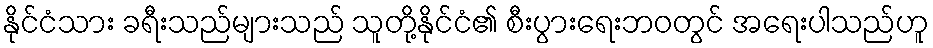
နိုင်ငံသား ခရီးသည်များသည် သူတို့နိုင်ငံ၏ စီးပွားရေးဘဝတွင် အရေးပါသည်ဟူ